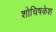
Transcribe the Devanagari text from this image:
शोचिषकेश